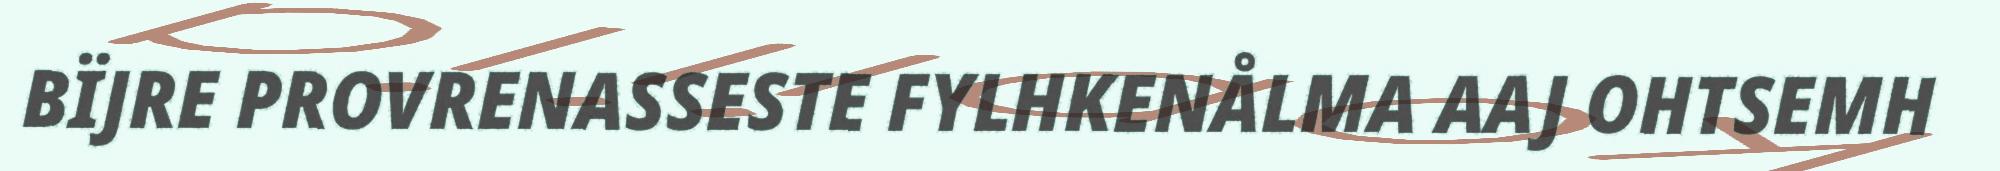
BÏJRE PROVRENASSESTE FYLHKENÅLMA AAJ OHTSEMH